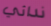
ندائي